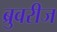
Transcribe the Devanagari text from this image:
ब्रुवरीज